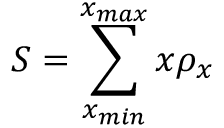
S = \sum _ { x _ { m i n } } ^ { x _ { m a x } } x \rho _ { x }